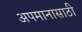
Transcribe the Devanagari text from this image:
अपमानासाठी